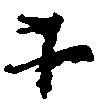
木